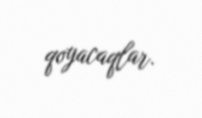
qoyacaqlar.